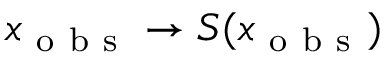
x _ { \mathrm { ~ o ~ b ~ s ~ } } \to S ( x _ { \mathrm { ~ o ~ b ~ s ~ } } )